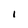
Character: I